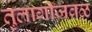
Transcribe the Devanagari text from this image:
तुलागीजवळ